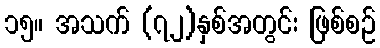
၁၅။ အသက် (၇၂)နှစ်အတွင်း ဖြစ်စဉ်